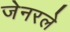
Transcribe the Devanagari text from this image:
जेनरले